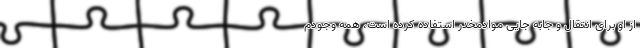
از او برای انتقال و جابه جایی موادمخدر استفاده کرده است، همه وجودم